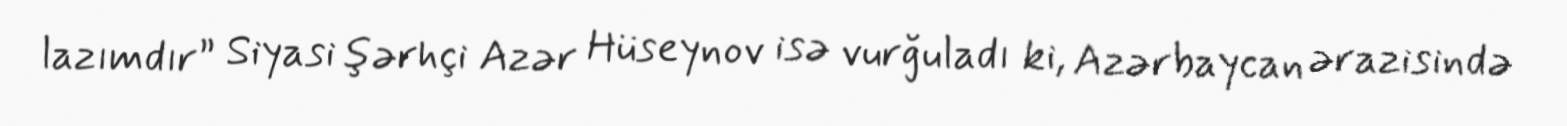
lazımdır” Siyasi şərhçi Azər Hüseynov isə vurğuladı ki, Azərbaycan ərazisində